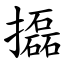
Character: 㩡